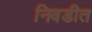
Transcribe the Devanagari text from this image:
निवडीत